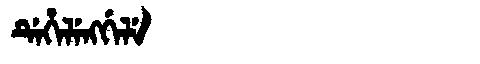
Manchu: ᡩᡝᡥᡝᠯᡝᠩᡤᡝᠯᡝ
Romanization: DEHELENGGELE